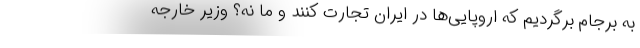
به برجام برگردیم که اروپایی‌ها در ایران تجارت کنند و ما نه؟ وزیر خارجه